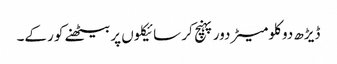
ڈیڑھ دو کلومیٹر دور پہنچ کر سائیکلوں پر بیٹھنے کو رکے۔